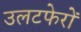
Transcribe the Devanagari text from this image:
उलटफेरों